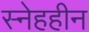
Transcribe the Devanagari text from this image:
स्नेहहीन